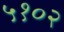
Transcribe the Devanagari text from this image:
५१०२